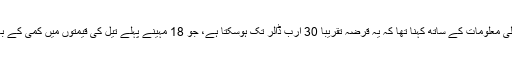
ایک بینکنگ ذرائع کا گروپ کی تفصیلی معلومات کے ساتھ کہنا تھا کہ یہ قرضہ تقریباً 30 ارب ڈالر تک ہوسکتا ہے، جو 18 مہینے پہلے تیل کی قیمتوں میں کمی کے باعث آمدنی کم ہونے پر حاصل کیا تھا۔